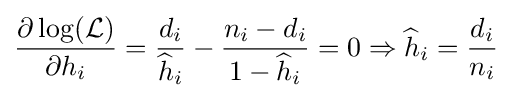
{\frac {\partial \log({\mathcal {L}})}{\partial h_{i}}}={\frac {d_{i}}{{\widehat {h}}_{i}}}-{\frac {n_{i}-d_{i}}{1-{\widehat {h}}_{i}}}=0\Rightarrow {\widehat {h}}_{i}={\frac {d_{i}}{n_{i}}}